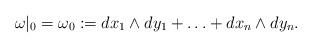
LaTeX: \begin{align*}\omega|_{0}= \omega_0:=dx_1\wedge dy_1+\ldots + dx_n\wedge dy_n.\end{align*}